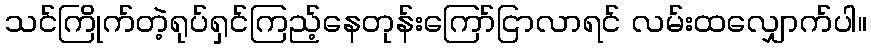
သင်ကြိုက်တဲ့ရုပ်ရှင်ကြည့်နေတုန်းကြော်ငြာလာရင် လမ်းထလျှောက်ပါ။